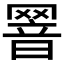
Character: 𦋫